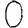
Digit: 0